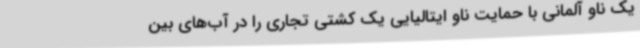
یک ناو آلمانی با حمایت ناو ایتالیایی یک کشتی تجاری را در آب‌های بین